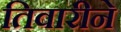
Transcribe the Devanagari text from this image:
तिवारीने